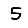
Digit: 5